Sketch of the medical history of the native army of Bombay, for the year
Year: 1876
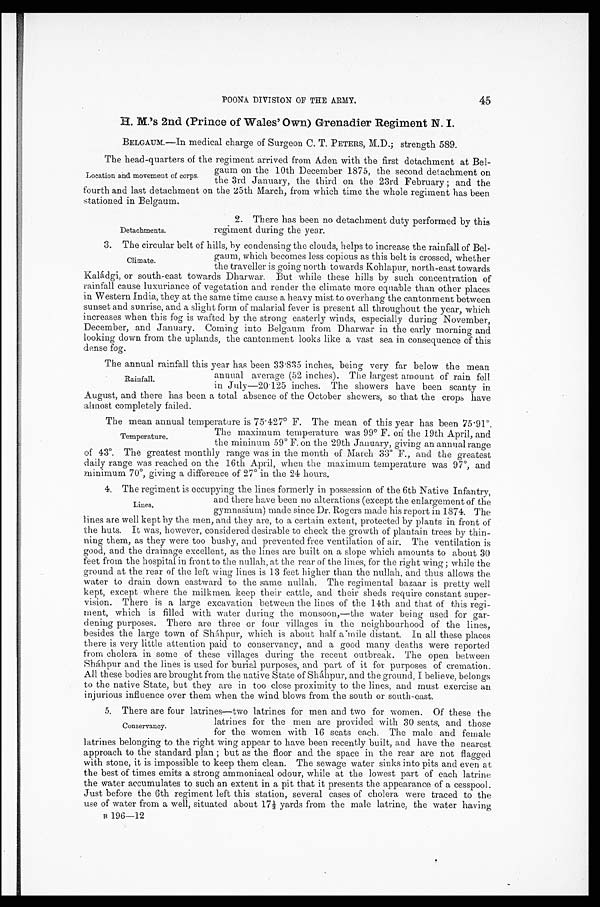
POONA DIVISION OF THE ARMY.
45
H. M.'s 2nd (Prince of Wales' Own) Grenadier Regiment N. I.
BELGAUM.—In medical charge of Surgeon C. T. PETERS, M.D; strength 589.
The head-quarters of the regiment arrived from Aden with the first detachment at Bel
-
gaum on the 10th December 1875, the second detachment on
the 3rd January, the third on the 23rd February; and the
fourth and last detachment on the 25th March, from which time the whole regiment has been
stationed in Belgaum.
Location and movement of corps.
Detachments.
2. There has been no detachment duty performed by this
regiment during the year.
3. The circular belt of hills, by condensing the clouds, helps to increase the rainfall of Bel
-
gaum, which becomes less copious as this belt is crossed, whether
the traveller is going north towards Kohlapur, north-east towards
Kaládgi, or south-east towards Dharwar. But while these hills by such concentration of
rainfall cause luxuriance of vegetation and render the climate more equable than other places
in Western India, they at the same time cause a heavy mist to overhang the cantonment between
sunset and sunrise, and a slight form of malarial fever is present all throughout the year, which
increases when this fog is wafted by the strong easterly winds, especially during November,
December, and January. Coming into Belgaum front Dharwar in the early morning and
looking down from the uplands, the cantonment looks like a vast sea in consequence of this
dense fog.
The annual rainfall this year has been 33.835 inches, being very far below the mean
annual average (52 inches). The largest amount of rain fell
in July-20.125 inches. The showers have been scanty in
August, and there has been a total absence of the October showers, so that the crops have
almost completely failed.
The mean annual temperature is 75.427º F. The mean of this year has been 75.91º.
The maximum temperature was 99º F. on the 19th April, and
the mininum 59º F. on the 29th January, giving an annual range
of 43º. The greatest monthly range was in the month of Match 33º F., and the greatest
daily range was reached on the 16th April, when the maximum temperature was 97º, and
minimum 70º, giving a difference of 27º in the 24 hours.
4. The regiment is occupying the lines formerly in possession of the 6th Native Infantry,
and there have been no alterations (except the enlargement of the
gymnasium) made since Dr. Rogers made his report in 1874. The
lines are well kept by the men, and they are, to a certain extent, protected by plants in front of
the huts. It was, however, considered desirable to check the growth of plantain trees by thin
-ning them, as they were too bushy, and prevented free ventilation of air. The ventilation is
good, and the drainage excellent, as the lines are built on a slope which amounts to about 30
feet from the hospital in front to the nullah, at the rear of the lines, for the right wing ; while the
ground at the rear of the left wing lines is 13 feet higher than the nullah, and thus allows the
water to drain clown eastward to the same nullah. The regimental bazaar is pretty well
kept, except where the milkmen keep their cattle, and their sheds require constant super
-vision. There is a large excavation between the lines of the 14th and that of this regi
-ment, which is filled with water during the monsoon,—the water being used for gar
-dening purposes. There are three or four villages in the neighbourhood of the lines,
besides the large town of Sháhpur, which is about half a mile distant. In all these places
there is very little attention paid to conservancy, and a good many deaths were reported
from cholera in some of these villages during the recent outbreak. The open between
Sháhpur and the lines is used for burial purposes, and part of it for purposes of cremation.
All these bodies are brought from the native State of Sháhpur, and the ground, I believe, belongs
to the native State, but they are in too close proximity to the lines, and must exercise an
injurious influence over them when the wind blows from the south or south-east.
5. There are four latrines—two latrines for men and two for women. Of these the
latrines for the men are provided with 30 seats, and those
for the women with 16 seats each. The male and female
latrines belonging to the right wing appear to have been recently built, and have the nearest
approach to the standard plan; but as the floor and the space in the rear are not flagged
with stone, it is impossible to keep them clean. The sewage water sinks into pits and even at
the best of times emits a strong ammoniacal odour, while at the lowest part of each latrine
the water accumulates to such an extent in a pit that it presents the appearance of a cesspool.
Just before the 6th regiment left this station, several cases of cholera were traced to the
use of water from a well, situated about 17 1/3 yards from the male latrine, the water having
B 1 9 6 — 1 2
Climate.
Rainfall.
Temperature.
Lines.
Conservancy.